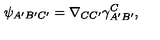
\psi _ { A ^ { \prime } B ^ { \prime } C ^ { \prime } } = \nabla _ { C C ^ { \prime } } \gamma _ { A ^ { \prime } B ^ { \prime } } ^ { C } ,